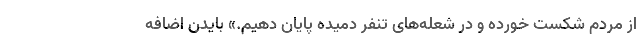
از مردم شکست خورده و در شعله‌های تنفر دمیده پایان دهیم.» بایدن اضافه